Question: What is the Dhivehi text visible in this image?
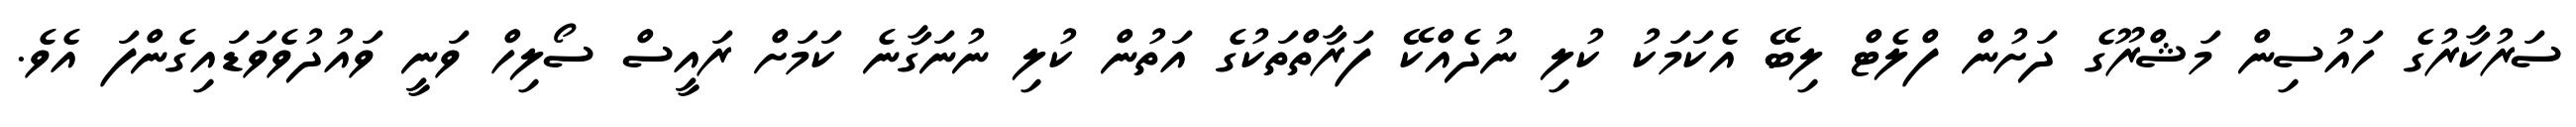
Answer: ސަރުކާރުގެ ހައުސިން މަޝްރޫގެ ދަށުން ފްލެޓް ލިބޭ އެކަމަކު ކުލި ނުދެއްކޭ ފަރާތްތަކުގެ އަތުން ކުލި ނުނަގާނެ ކަމަށް ރައީސް ސޯލިހް ވަނީ ވައުދުވެވަޑައިގެންފަ އެވެ.